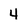
Character: 4